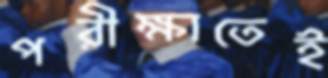
পরীক্ষাতেই